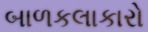
બાળકલાકારો